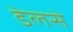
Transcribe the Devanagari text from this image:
डेलसे